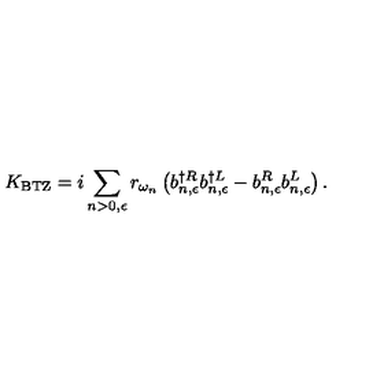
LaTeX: K _ { \mathrm { { B T Z } } } = i \sum _ { n > 0 , \epsilon } r _ { \omega _ { n } } \left( b _ { n , \epsilon } ^ { \dagger R } b _ { n , \epsilon } ^ { \dagger L } - b _ { n , \epsilon } ^ { R } b _ { n , \epsilon } ^ { L } \right) .